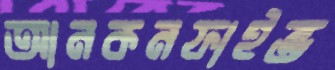
আনকনফাইন্ড